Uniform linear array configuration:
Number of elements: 64
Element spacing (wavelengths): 1
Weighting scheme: kaiser
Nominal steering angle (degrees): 60
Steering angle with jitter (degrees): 58.942
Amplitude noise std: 0.05
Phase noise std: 0.05

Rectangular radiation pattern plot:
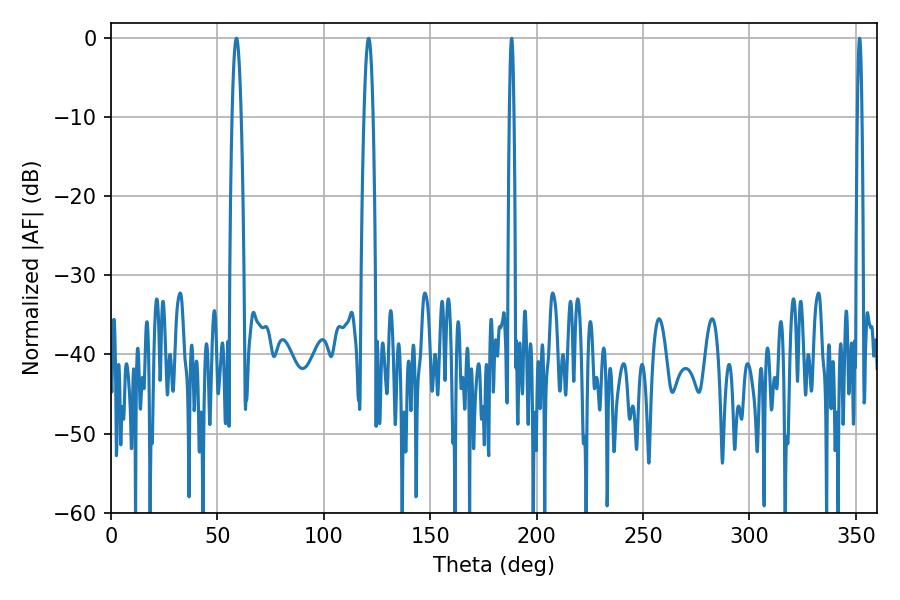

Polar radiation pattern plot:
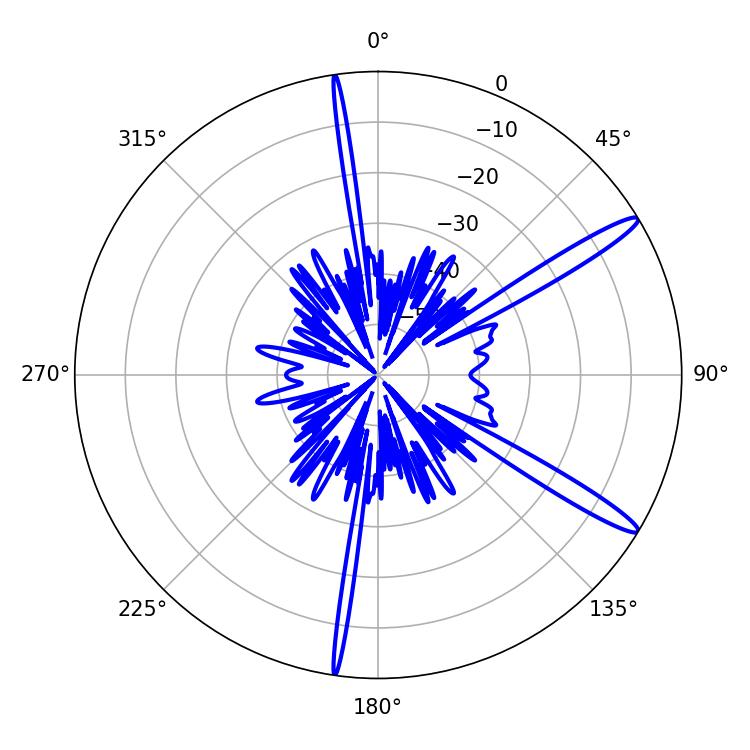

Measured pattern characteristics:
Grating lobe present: TRUE
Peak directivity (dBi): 14.53
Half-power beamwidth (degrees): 1.08
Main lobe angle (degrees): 351.72